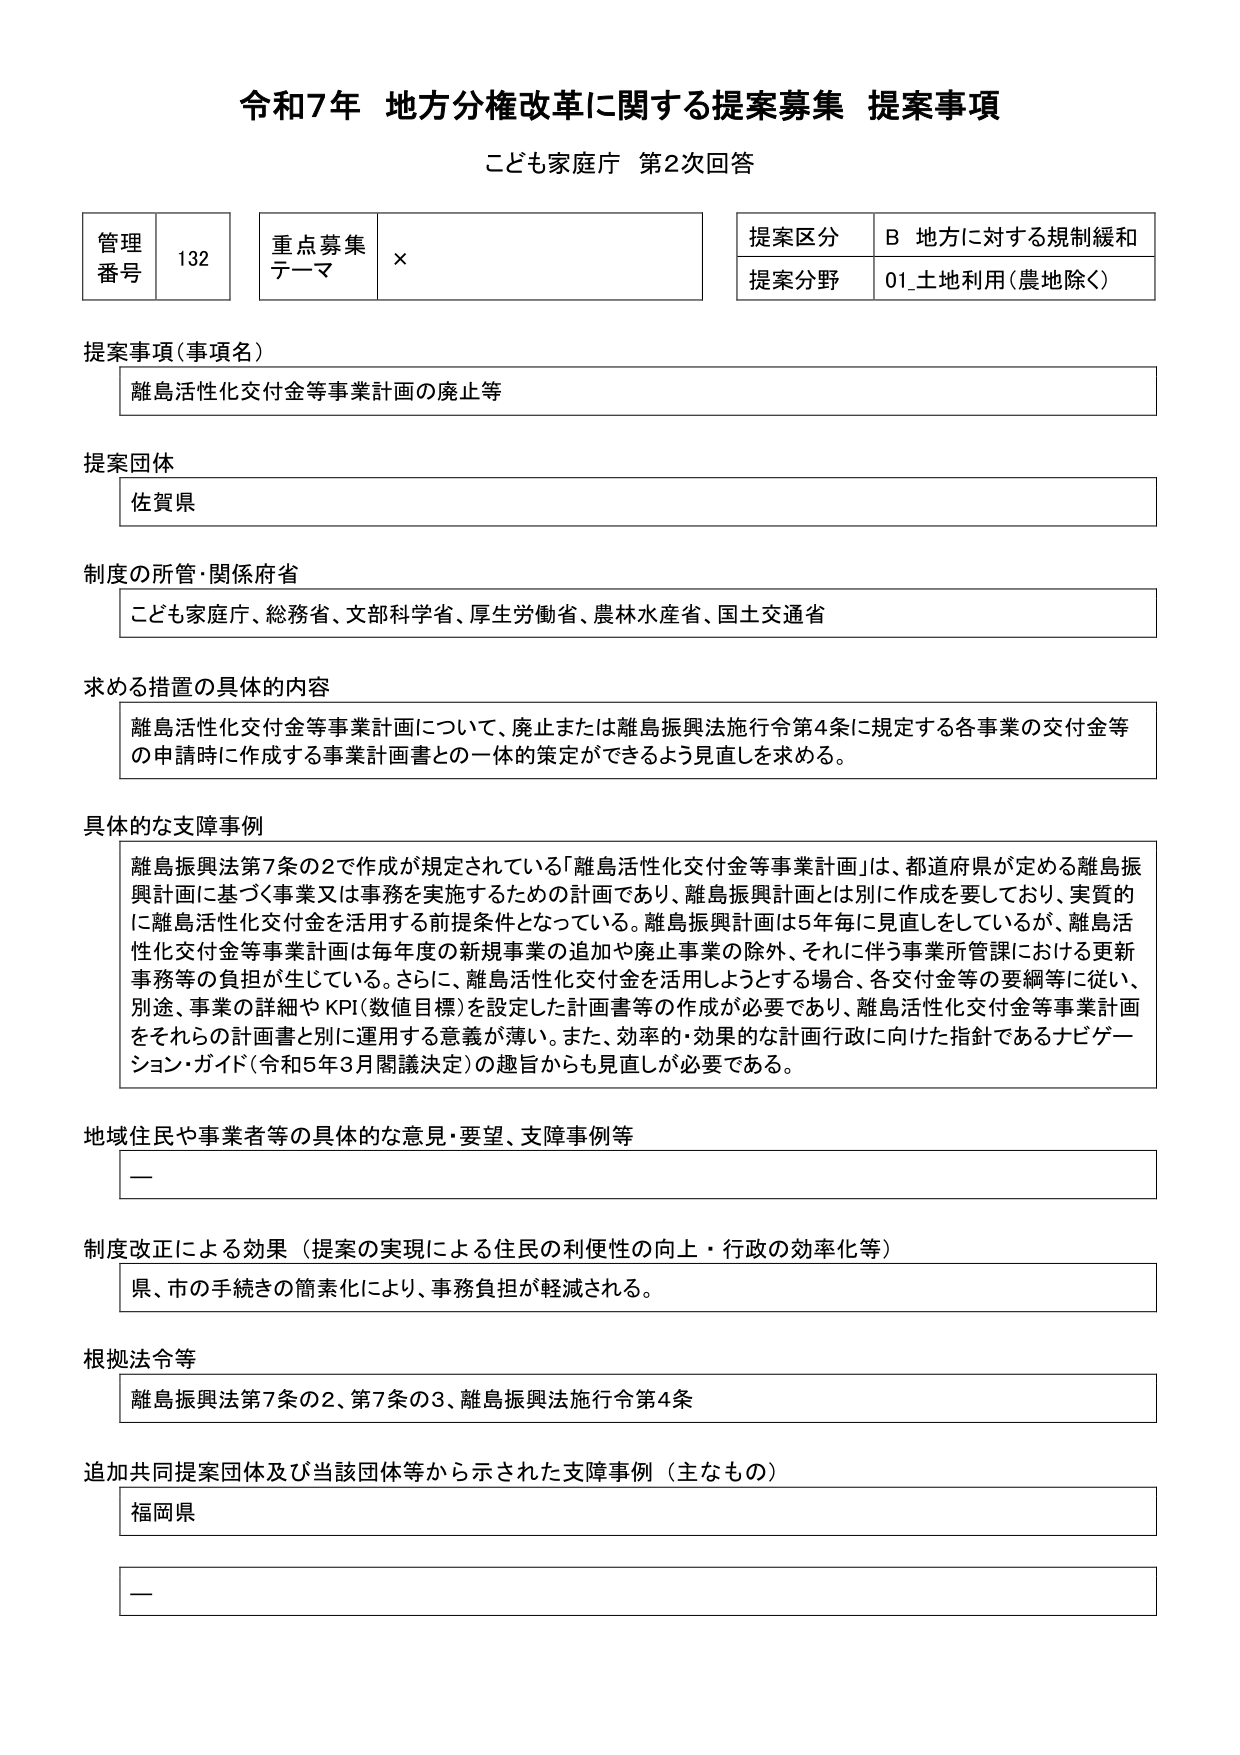
令和7年 地方分権改革に関する提案募集 提案事項
こども家庭庁 第2次回答

管理番号 132
重点募集テーマ ×
提案区分 B 地方に対する規制緩和
提案分野 01_土地利用（農地除く）

提案事項（事項名）
離島活性化交付金等事業計画の廃止等

提案団体
佐賀県

制度の所管・関係府省
こども家庭庁、総務省、文部科学省、厚生労働省、農林水産省、国土交通省

求める措置の具体的な内容
離島活性化交付金等事業計画について、廃止または離島振興法施行令第4条に規定する各事業の交付金等の申請時に作成する事業計画書との一体的策定ができるよう見直しを求める。

具体的な支障事例
離島振興法第7条の2で作成が規定されている「離島活性化交付金等事業計画」は、都道府県が定める離島振興計画に基づく事業又は事務を実施するための計画であり、離島振興計画とは別に作成を要しており、実質的に離島活性化交付金を活用する前提条件となっている。離島振興計画は5年毎に見直しをしているが、離島活性化交付金等事業計画は毎年度の新規事業の追加や廃止事業の除外、それに伴う事業所管課における更新事務等の負担が生じている。さらに、離島活性化交付金を活用しようとする場合、各交付金等の要綱等に従い、別途、事業の詳細やKPI（数値目標）を設定した計画書等の作成が必要であり、離島活性化交付金等事業計画をそれらの計画書と別に運用する意義が薄い。また、効率的・効果的な計画行政に向けた指針であるナビゲーション・ガイド（令和5年3月閣議決定）の趣旨からも見直しが必要である。

地域住民や事業者等の具体的な意見・要望、支障事例等
—

制度改正による効果（提案の実現による住民の利便性の向上・行政の効率化等）
県、市の手続きの簡素化により、事務負担が軽減される。

根拠法令等
離島振興法第7条の2、第7条の3、離島振興法施行令第4条

追加共同提案団体及び当該団体等から示された支障事例（主なもの）
福岡県
—